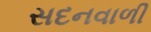
સદનવાળી